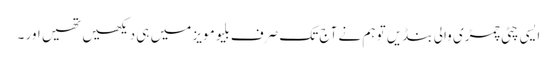
ایسی چٹی چمڑی والی بنڈیں تو ہم نے آج تک صرف بلیو مویز میں ہی دیکھیں تھیں اور ۔